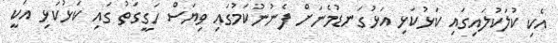
އެކި ކުލަކުލައިގައި ކަޅުކަޅި އަޅުގަނޑުމެނަށް ފެނުނުކަމުގައި ވިޔަސް ހަގީގަތު ގައި ކަޅުކަޅި އަކީ